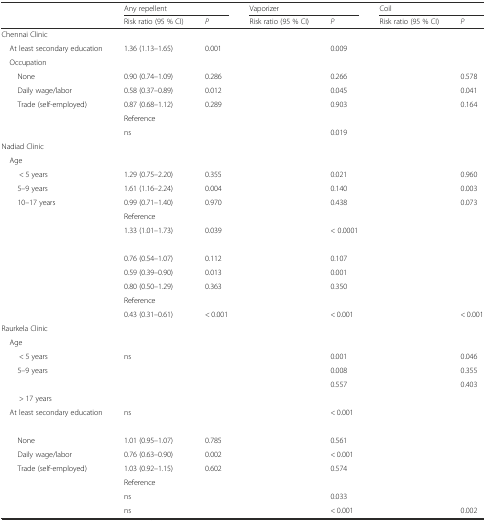
<table><thead><tr><td>[EMPTY_CELL]</td><td colspan="2"><b>Any repellent</b></td><td colspan="2"><b>Vaporizer</b></td><td colspan="2"><b>Coil</b></td></tr><tr><td>[EMPTY_CELL]</td><td><b>Risk ratio (95 % CI)</b></td><td><b><i>P</i></b></td><td><b>Risk ratio (95 % CI)</b></td><td><b><i>P</i></b></td><td><b>Risk ratio (95 % CI)</b></td><td><b><i>P</i></b></td></tr></thead><tbody><tr><td colspan="7">Chennai Clinic</td></tr><tr><td> At least secondary education</td><td>1.36 (1.13–1.65)</td><td>0.001</td><td>[EMPTY_CELL]</td><td>0.009</td><td>[EMPTY_CELL]</td><td>[EMPTY_CELL]</td></tr><tr><td colspan="7"> Occupation</td></tr><tr><td>None</td><td>0.90 (0.74–1.09)</td><td>0.286</td><td>[EMPTY_CELL]</td><td>0.266</td><td>[EMPTY_CELL]</td><td>0.578</td></tr><tr><td>Daily wage/labor</td><td>0.58 (0.37–0.89)</td><td>0.012</td><td>[EMPTY_CELL]</td><td>0.045</td><td>[EMPTY_CELL]</td><td>0.041</td></tr><tr><td>Trade (self-employed)</td><td>0.87 (0.68–1.12)</td><td>0.289</td><td>[EMPTY_CELL]</td><td>0.903</td><td>[EMPTY_CELL]</td><td>0.164</td></tr><tr><td>[EMPTY_CELL]</td><td>Reference</td><td>[EMPTY_CELL]</td><td>[EMPTY_CELL]</td><td>[EMPTY_CELL]</td><td>[EMPTY_CELL]</td><td>[EMPTY_CELL]</td></tr><tr><td>[EMPTY_CELL]</td><td>ns</td><td>[EMPTY_CELL]</td><td>[EMPTY_CELL]</td><td>0.019</td><td>[EMPTY_CELL]</td><td>[EMPTY_CELL]</td></tr><tr><td colspan="7">Nadiad Clinic</td></tr><tr><td colspan="7"> Age</td></tr><tr><td>&lt; 5 years</td><td>1.29 (0.75–2.20)</td><td>0.355</td><td>[EMPTY_CELL]</td><td>0.021</td><td>[EMPTY_CELL]</td><td>0.960</td></tr><tr><td>5–9 years</td><td>1.61 (1.16–2.24)</td><td>0.004</td><td>[EMPTY_CELL]</td><td>0.140</td><td>[EMPTY_CELL]</td><td>0.003</td></tr><tr><td>10–17 years</td><td>0.99 (0.71–1.40)</td><td>0.970</td><td>[EMPTY_CELL]</td><td>0.438</td><td>[EMPTY_CELL]</td><td>0.073</td></tr><tr><td>[EMPTY_CELL]</td><td>Reference</td><td>[EMPTY_CELL]</td><td>[EMPTY_CELL]</td><td>[EMPTY_CELL]</td><td>[EMPTY_CELL]</td><td>[EMPTY_CELL]</td></tr><tr><td>[EMPTY_CELL]</td><td>1.33 (1.01–1.73)</td><td>0.039</td><td>[EMPTY_CELL]</td><td>&lt; 0.0001</td><td>[EMPTY_CELL]</td><td>[EMPTY_CELL]</td></tr><tr><td colspan="7">[EMPTY_CELL]</td></tr><tr><td>[EMPTY_CELL]</td><td>0.76 (0.54–1.07)</td><td>0.112</td><td>[EMPTY_CELL]</td><td>0.107</td><td>[EMPTY_CELL]</td><td>[EMPTY_CELL]</td></tr><tr><td>[EMPTY_CELL]</td><td>0.59 (0.39–0.90)</td><td>0.013</td><td>[EMPTY_CELL]</td><td>0.001</td><td>[EMPTY_CELL]</td><td>[EMPTY_CELL]</td></tr><tr><td>[EMPTY_CELL]</td><td>0.80 (0.50–1.29)</td><td>0.363</td><td>[EMPTY_CELL]</td><td>0.350</td><td>[EMPTY_CELL]</td><td>[EMPTY_CELL]</td></tr><tr><td>[EMPTY_CELL]</td><td>Reference</td><td>[EMPTY_CELL]</td><td>[EMPTY_CELL]</td><td>[EMPTY_CELL]</td><td>[EMPTY_CELL]</td><td>[EMPTY_CELL]</td></tr><tr><td>[EMPTY_CELL]</td><td>0.43 (0.31–0.61)</td><td>&lt; 0.001</td><td>[EMPTY_CELL]</td><td>&lt; 0.001</td><td>[EMPTY_CELL]</td><td>&lt; 0.001</td></tr><tr><td colspan="7">Raurkela Clinic</td></tr><tr><td colspan="7"> Age</td></tr><tr><td>&lt; 5 years</td><td>ns</td><td>[EMPTY_CELL]</td><td>[EMPTY_CELL]</td><td>0.001</td><td>[EMPTY_CELL]</td><td>0.046</td></tr><tr><td>5–9 years</td><td>[EMPTY_CELL]</td><td>[EMPTY_CELL]</td><td>[EMPTY_CELL]</td><td>0.008</td><td>[EMPTY_CELL]</td><td>0.355</td></tr><tr><td>[EMPTY_CELL]</td><td>[EMPTY_CELL]</td><td>[EMPTY_CELL]</td><td>[EMPTY_CELL]</td><td>0.557</td><td>[EMPTY_CELL]</td><td>0.403</td></tr><tr><td>&gt; 17 years</td><td>[EMPTY_CELL]</td><td>[EMPTY_CELL]</td><td>[EMPTY_CELL]</td><td>[EMPTY_CELL]</td><td>[EMPTY_CELL]</td><td>[EMPTY_CELL]</td></tr><tr><td> At least secondary education</td><td>ns</td><td>[EMPTY_CELL]</td><td>[EMPTY_CELL]</td><td>&lt; 0.001</td><td>[EMPTY_CELL]</td><td>[EMPTY_CELL]</td></tr><tr><td colspan="7">[EMPTY_CELL]</td></tr><tr><td>None</td><td>1.01 (0.95–1.07)</td><td>0.785</td><td>[EMPTY_CELL]</td><td>0.561</td><td>[EMPTY_CELL]</td><td>[EMPTY_CELL]</td></tr><tr><td>Daily wage/labor</td><td>0.76 (0.63–0.90)</td><td>0.002</td><td>[EMPTY_CELL]</td><td>&lt; 0.001</td><td>[EMPTY_CELL]</td><td>[EMPTY_CELL]</td></tr><tr><td>Trade (self-employed)</td><td>1.03 (0.92–1.15)</td><td>0.602</td><td>[EMPTY_CELL]</td><td>0.574</td><td>[EMPTY_CELL]</td><td>[EMPTY_CELL]</td></tr><tr><td>[EMPTY_CELL]</td><td>Reference</td><td>[EMPTY_CELL]</td><td>[EMPTY_CELL]</td><td>[EMPTY_CELL]</td><td>[EMPTY_CELL]</td><td>[EMPTY_CELL]</td></tr><tr><td>[EMPTY_CELL]</td><td>ns</td><td>[EMPTY_CELL]</td><td>[EMPTY_CELL]</td><td>0.033</td><td>[EMPTY_CELL]</td><td>[EMPTY_CELL]</td></tr><tr><td>[EMPTY_CELL]</td><td>ns</td><td>[EMPTY_CELL]</td><td>[EMPTY_CELL]</td><td>&lt; 0.001</td><td>[EMPTY_CELL]</td><td>0.002</td></tr></tbody></table>